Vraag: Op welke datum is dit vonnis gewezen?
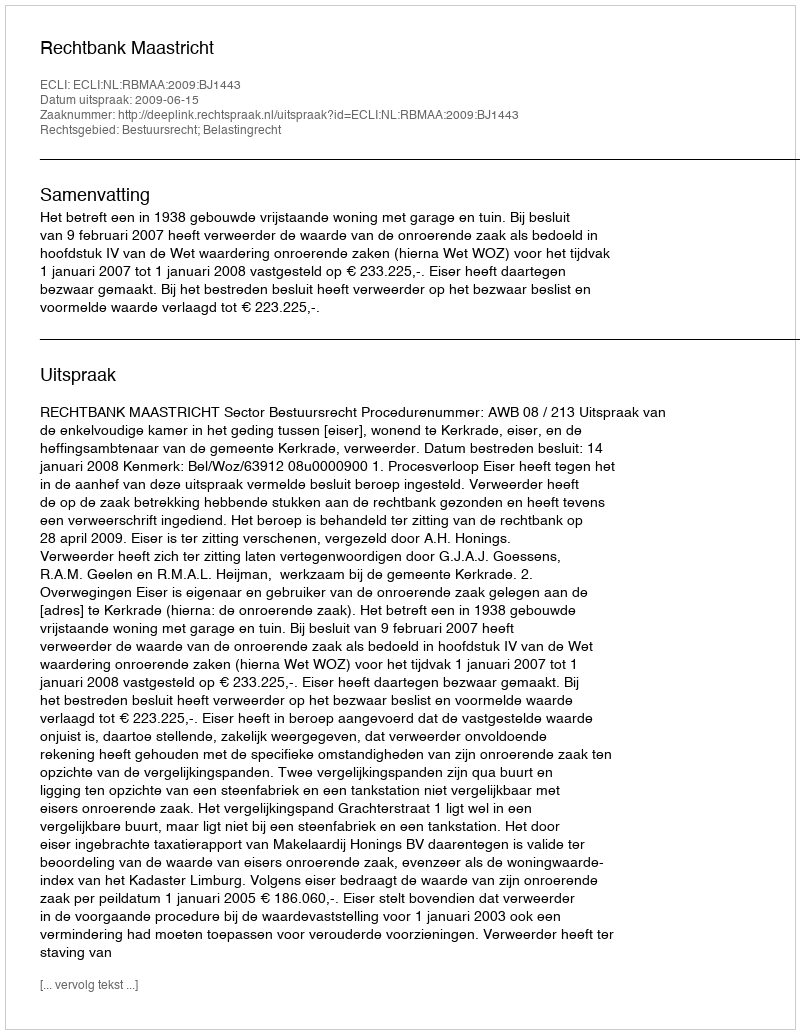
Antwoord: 2009-06-15